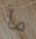
ما